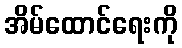
အိမ်ထောင်ရေးကို